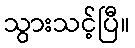
သွားသင့်ပြီ။